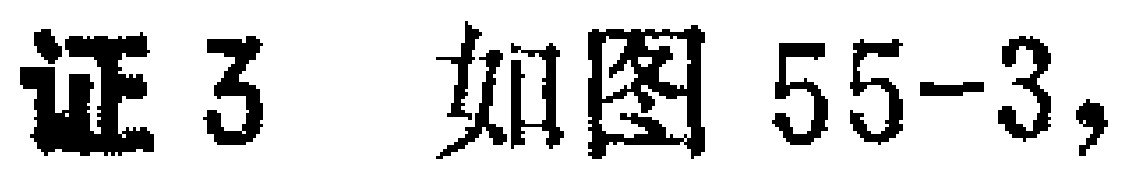
证3 如图55-3,